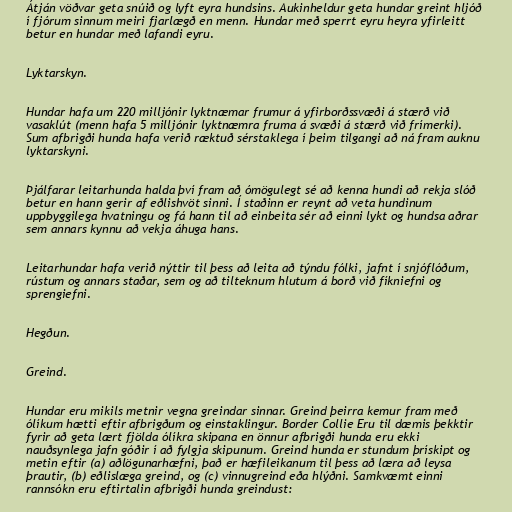
Átján vöðvar geta snúið og lyft eyra hundsins. Aukinheldur geta hundar greint hljóð
í fjórum sinnum meiri fjarlægð en menn. Hundar með sperrt eyru heyra yfirleitt
betur en hundar með lafandi eyru.

Lyktarskyn.

Hundar hafa um 220 milljónir lyktnæmar frumur á yfirborðssvæði á stærð við
vasaklút (menn hafa 5 milljónir lyktnæmra fruma á svæði á stærð við frímerki).
Sum afbrigði hunda hafa verið ræktuð sérstaklega í þeim tilgangi að ná fram auknu
lyktarskyni.

Þjálfarar leitarhunda halda því fram að ómögulegt sé að kenna hundi að rekja slóð
betur en hann gerir af eðlishvöt sinni. Í staðinn er reynt að veta hundinum
uppbyggilega hvatningu og fá hann til að einbeita sér að einni lykt og hundsa aðrar
sem annars kynnu að vekja áhuga hans.

Leitarhundar hafa verið nýttir til þess að leita að týndu fólki, jafnt í snjóflóðum,
rústum og annars staðar, sem og að tilteknum hlutum á borð við fíkniefni og
sprengiefni.

Hegðun.

Greind.

Hundar eru mikils metnir vegna greindar sinnar. Greind þeirra kemur fram með
ólíkum hætti eftir afbrigðum og einstaklingur. Border Collie Eru til dæmis þekktir
fyrir að geta lært fjölda ólíkra skipana en önnur afbrigði hunda eru ekki
nauðsynlega jafn góðir í að fylgja skipunum. Greind hunda er stundum þrískipt og
metin eftir (a) aðlögunarhæfni, það er hæfileikanum til þess að læra að leysa
þrautir, (b) eðlislæga greind, og (c) vinnugreind eða hlýðni. Samkvæmt einni
rannsókn eru eftirtalin afbrigði hunda greindust: